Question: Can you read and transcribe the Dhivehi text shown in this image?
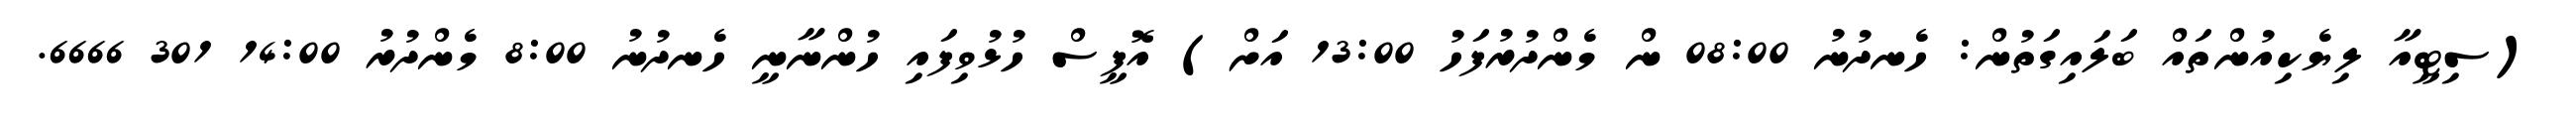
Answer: (ސިޓީއާ ލިޔެކިއުންތައް ބަލައިގަތުން: ހެނދުނު 08:00 ން މެންދުރުފަހު 13:00 އަށް) އޮފީސް ހުޅުވިފައި ހުންނާނީ ހެނދުނު 8:00 މެންދުރު 14:00 301 6666.